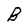
Character: B